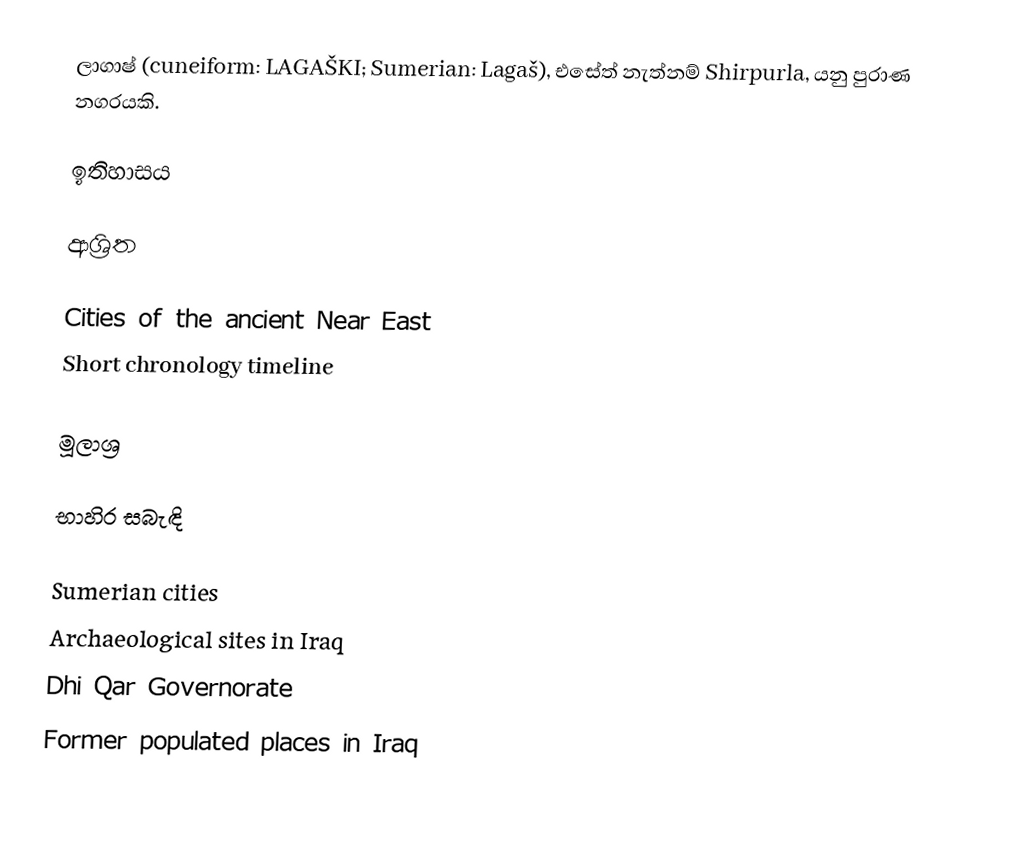
ලාගාෂ්  (cuneiform:  LAGAŠKI; Sumerian: Lagaš), එසේත් නැත්නම් Shirpurla, යනු පුරාණ නගරයකි.

ඉතිහාසය

ආශ්‍රිත

Cities of the ancient Near East
Short chronology timeline

මූලාශ්‍ර

භාහිර සබැඳි

Sumerian cities
Archaeological sites in Iraq
Dhi Qar Governorate
Former populated places in Iraq